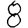
Digit: 8